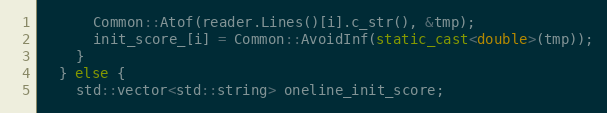
Language: C++
      Common::Atof(reader.Lines()[i].c_str(), &tmp);
      init_score_[i] = Common::AvoidInf(static_cast<double>(tmp));
    }
  } else {
    std::vector<std::string> oneline_init_score;